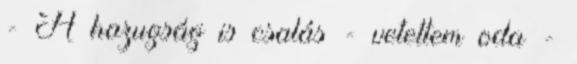
- A hazugság is csalás - vetettem oda -